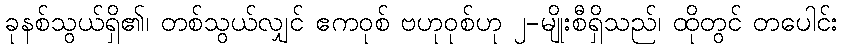
ခုနစ်သွယ်ရှိ၏၊ တစ်သွယ်လျှင် ဧကဝုစ် ဗဟုဝုစ်ဟု ၂-မျိုးစီရှိသည်၊ ထိုတွင် တပေါင်း